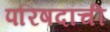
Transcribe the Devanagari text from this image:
परिषदांची